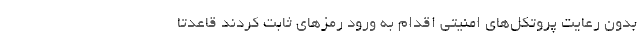
بدون رعایت پروتکل‌های امنیتی اقدام به ورود رمزهای ثابت کردند قاعدتا